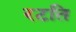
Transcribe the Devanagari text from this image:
रटति